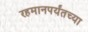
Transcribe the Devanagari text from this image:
रहमानपर्यंतच्या